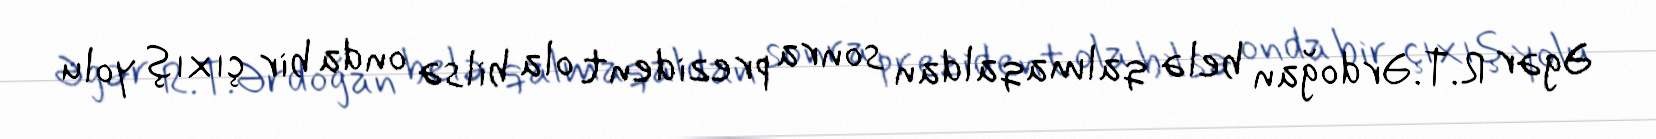
Əgər R.T.Ərdoğan belə qalmaqaldan sonra prezident ola bilsə onda bir çıxış yolu